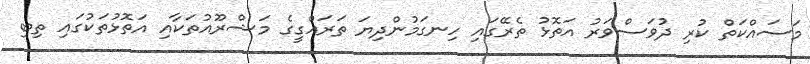
މަސައްކަތް ކުރި ދުވަސްވަރު އަތޮޅު ތެރޭގައި ހިނގަމުންދިޔަ ތަރައްގީގެ މަޝްރޫއުތަކާއި އަތޮޅުތަކުގައި ތިބި